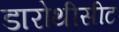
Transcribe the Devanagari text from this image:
डारोथीसीट